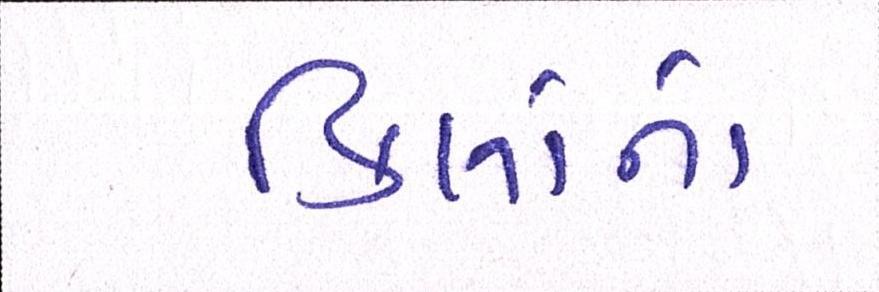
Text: કિલોનો